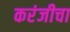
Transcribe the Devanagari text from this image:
करंजीचा